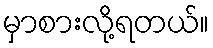
မှာစားလို့ရတယ်။